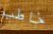
خاطب